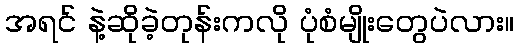
အရင် နဲ့ဆိုခဲ့တုန်းကလို ပုံစံမျိုးတွေပဲလား။